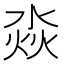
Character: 𣶷